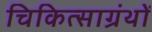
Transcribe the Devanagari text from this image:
चिकित्साग्रंथों